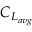
C _ { L _ { a v g } }